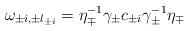
LaTeX: \begin{align*}\omega_{\pm i, \pm l_{\pm i}} = \eta_\mp^{-1} \gamma_\pm c_{\pm i}\gamma_\pm^{-1} \eta_\mp \end{align*}